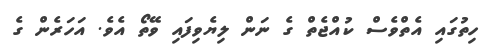
ހިތުގައި އެތްވެސް ކުއްޖެތް ގެ ނަން ލިޔެވިފައި ވޭތޯ އެވެ. އަހަރެން ގެ